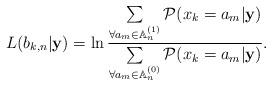
LaTeX: \begin{align*} L(b_{k,n}|{\bf{y}}) = \ln\frac{\sum\limits_{\forall a_m\in\mathbb{A}_n^{(1)}}\mathcal{P}(x_k = a_m|{\bf{y}})}{\sum\limits_{\forall a_m\in\mathbb{A}_n^{(0)}}\mathcal{P}(x_k = a_m|{\bf{y}})}.\end{align*}